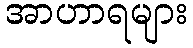
အာဟာရများ